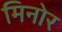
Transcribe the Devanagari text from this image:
मिनोर